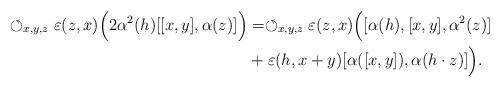
LaTeX: \begin{align*}\circlearrowleft_{x,y,z}\varepsilon(z,x)\Big(2\alpha^2(h)[[x,y],\alpha(z)]\Big)&=\circlearrowleft_{x,y,z}\varepsilon(z,x)\Big([\alpha(h),[x,y],\alpha^2(z)]\\&+\varepsilon(h,x+y)[\alpha([x,y]),\alpha(h\cdot z)]\Big).\end{align*}